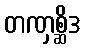
တဏှစ္ဆိဒ